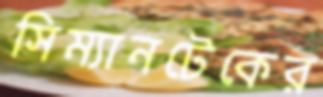
সিম্যানটেকের